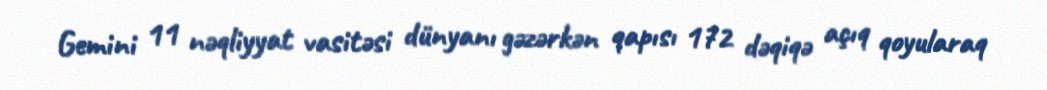
Gemini 11 nəqliyyat vasitəsi dünyanı gəzərkən qapısı 172 dəqiqə açıq qoyularaq